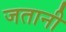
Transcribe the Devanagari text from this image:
जतानी